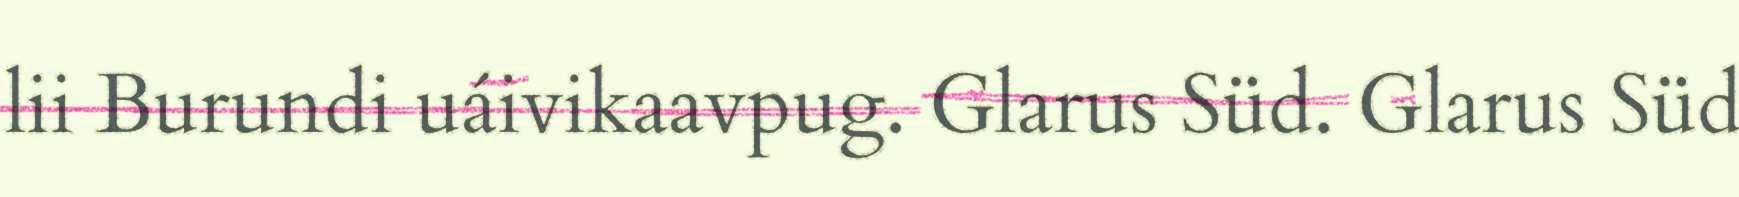
lii Burundi uáivikaavpug. Glarus Süd. Glarus Süd